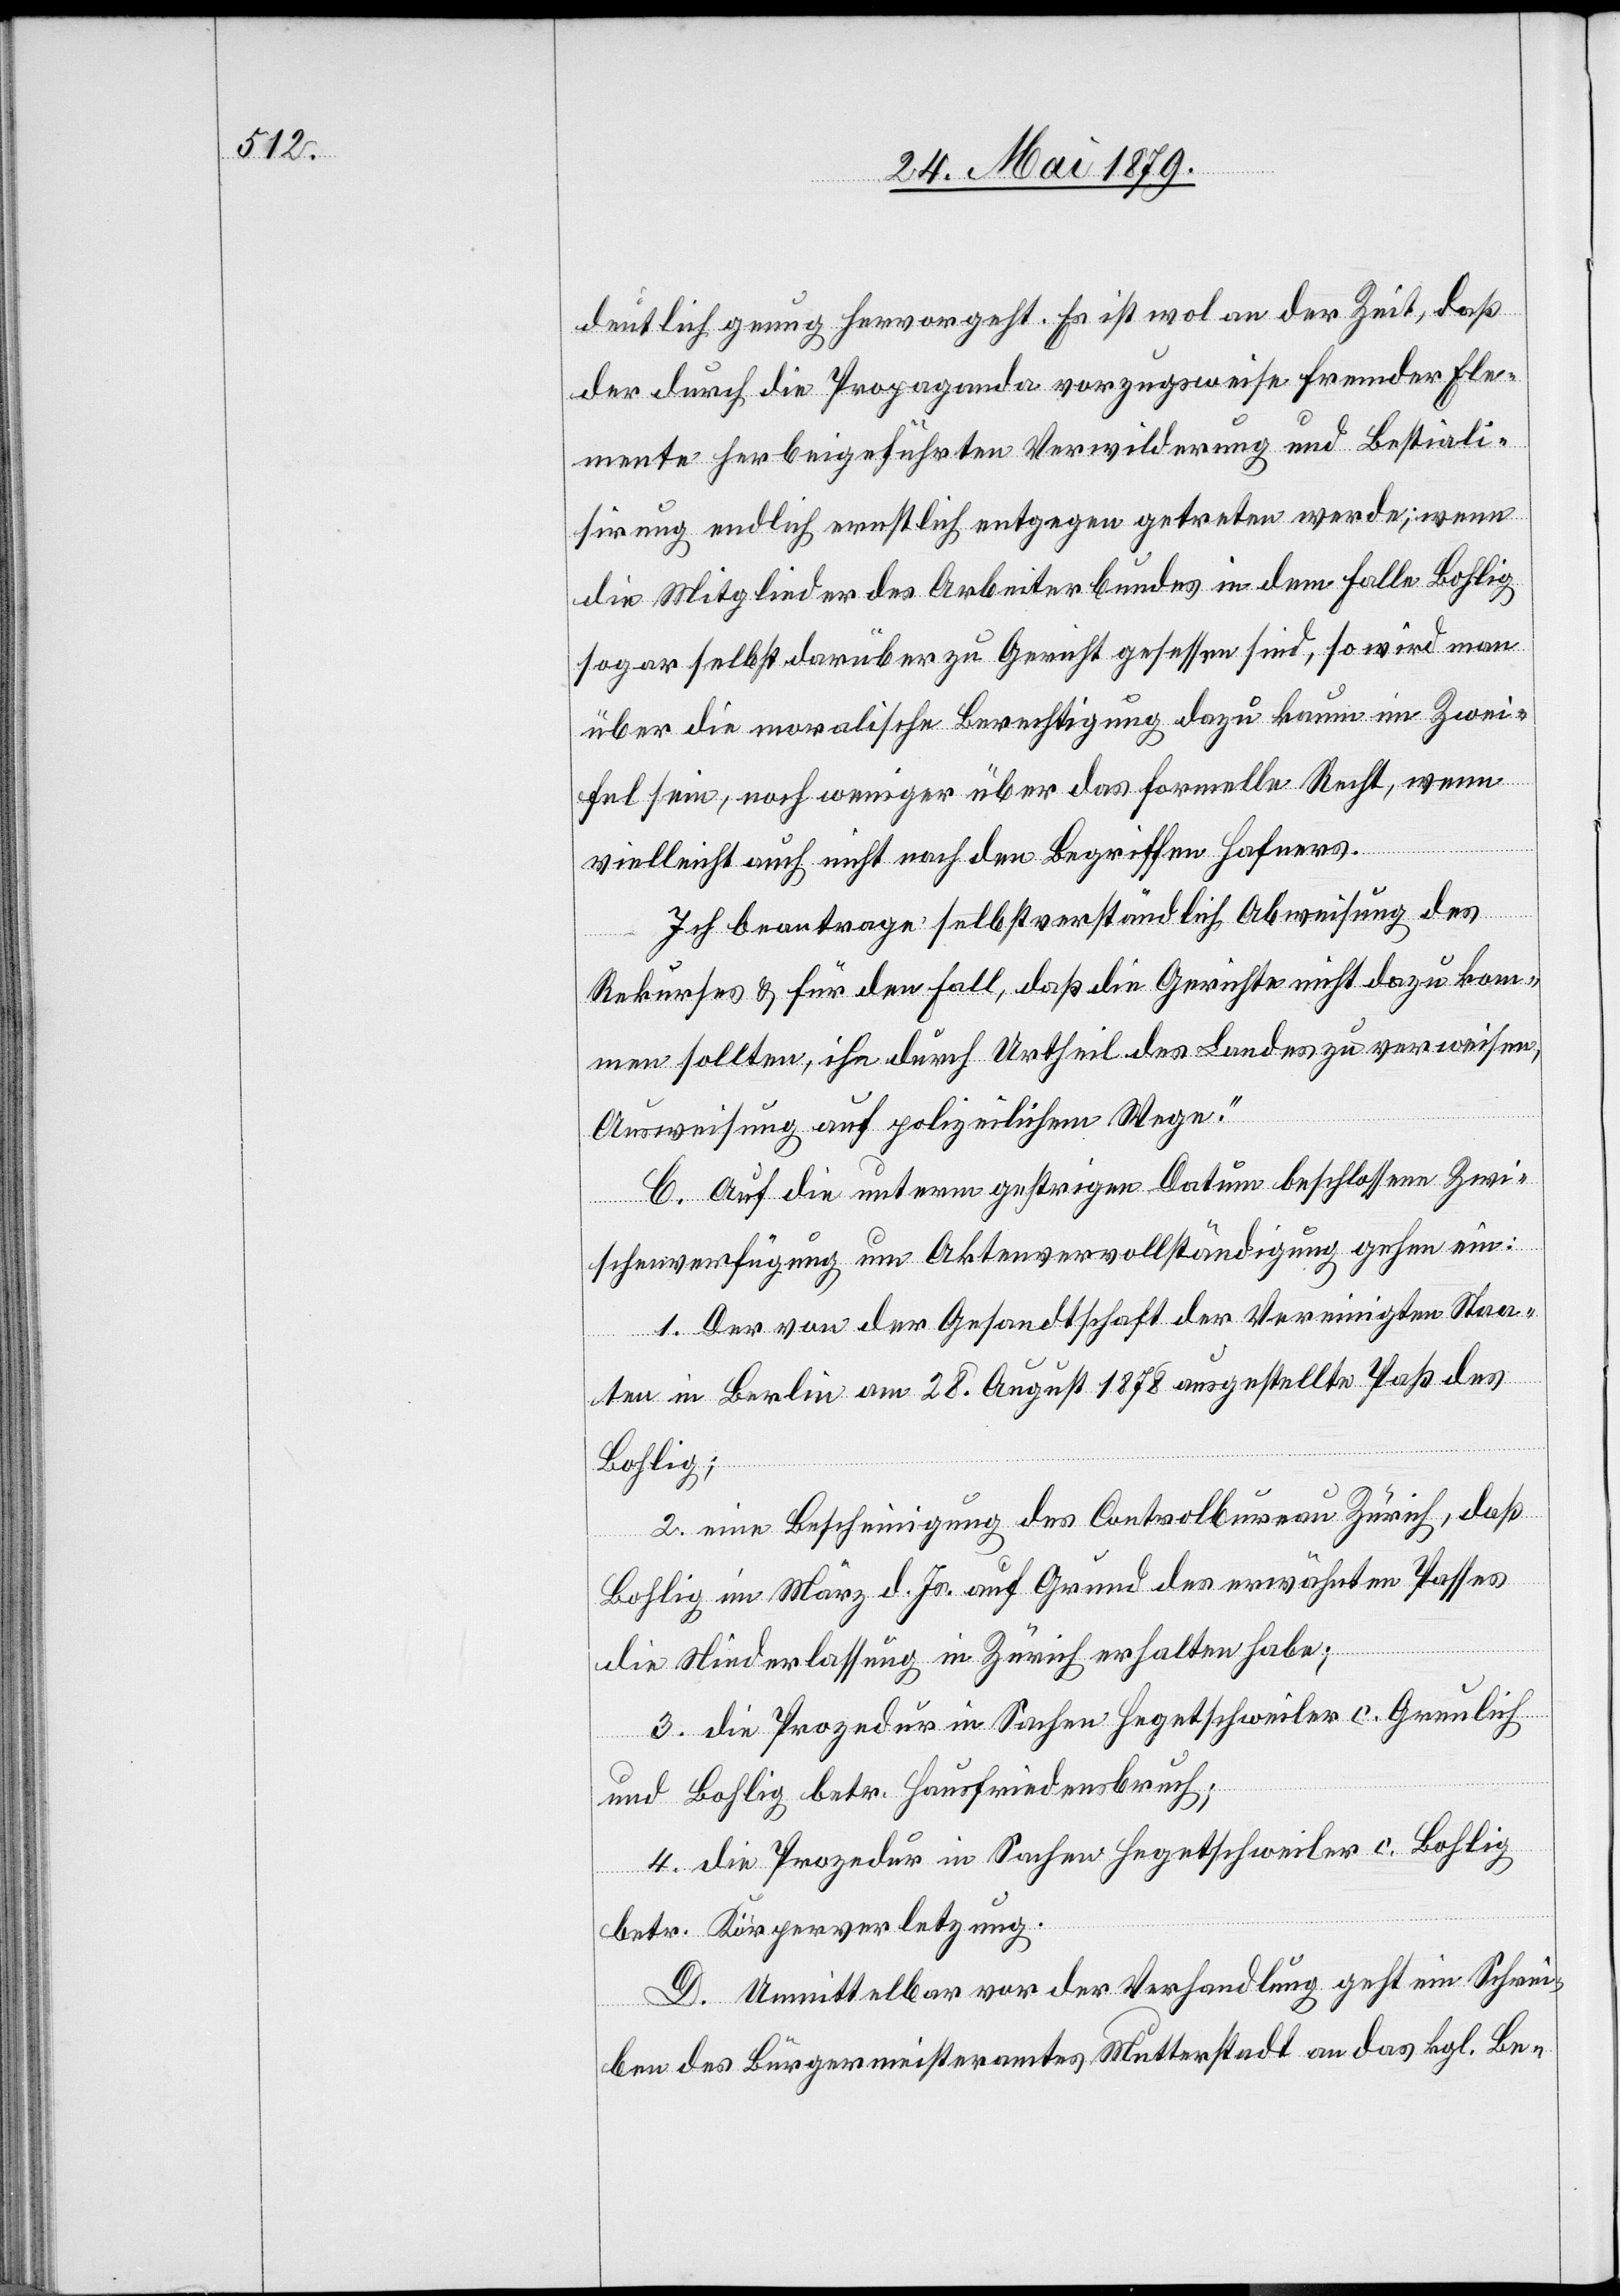
deutlich genug hervorgeht. Es ist wol an der Zeit, daß
der durch die Propaganda vorzugsweise fremder Ele¬
mente herbeigeführten Verwilderung und Bestiali¬
sirung endlich ernstlich entgegen getreten werde; wenn
die Mitglieder des Arbeiterbundes in dem Falle Bohlig
sogar selbst darüber zu Gericht gesessen sind, so wird man
über die moralische Berechtigung dazu kaum im Zwei¬
fel sein, noch weniger über das formelle Recht, wenn
vielleicht auch nicht nach den Begriffen Hafners.
Ich beantrage selbstverständlich Abweisung des
Rekurses & für den Fall, daß die Gerichte nicht dazu kom¬
men sollten, ihn durch Urtheil des Landes zu verweisen,
Ausweisung auf polizeilichem Wege.“
C. Auf die unterm gestrigen Datum beschlossene Zwi¬
schenverfügung um Aktenvervollständigung gehen ein:
1. Der von der Gesandtschaft der Vereinigten Staa¬
ten in Berlin am 28. August 1878 ausgestellte Paß des
Bohlig;
2. eine Bescheinigung des Controlbureau Zürich, daß
Bohlig im März d. Js. auf Grund des erwähnten Passes
die Niederlassung in Zürich erhalten habe;
3. die Prozedur in Sachen Hegetschweiler c. Greulich
und Bohlig betr. Hausfriedensbruch;
4. die Prozedur in Sachen Hegetschweiler c. Bohlig
betr. Körperverletzung.
D. Unmittellbar vor der Verhandlung geht ein Schrei¬
ben des Bürgermeisteramtes Mutterstadt an das kgl. Be-